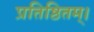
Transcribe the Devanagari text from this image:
प्रतिष्ठितम्‌।